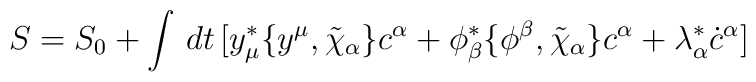
S= S_0+\int\,dt\,[y^*_\mu\{y^\mu,\tilde\chi_\alpha\}c^\alpha+\phi^*_\beta\{\phi^\beta,\tilde\chi_\alpha\}c^\alpha+\lambda^*_\alpha\dot c^\alpha]